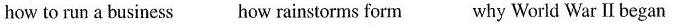
how to run a business how rainstorms form why World War Ⅱ began